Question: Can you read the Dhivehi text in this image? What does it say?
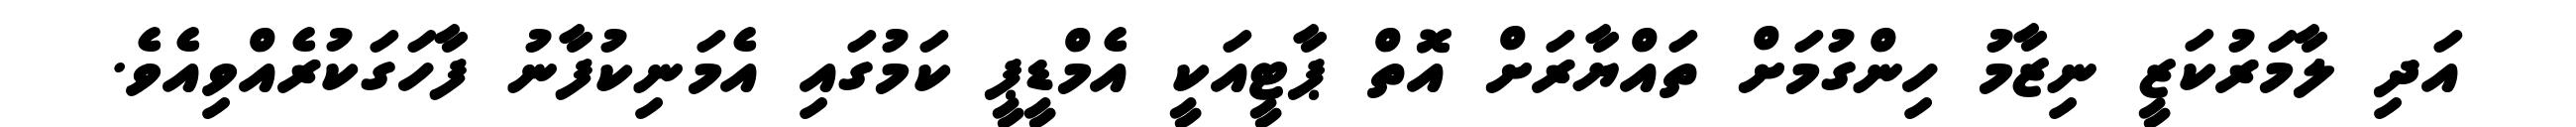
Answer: އަދި ލާމަރުކަޒީ ނިޒާމު ހިންގުމަށް ތައްޔާރަށް އޮތް ޕާޓީއަކީ އެމްޑީޕީ ކަމުގައި އެމަނިކުފާނު ފާހަގަކުރެއްވިއެވެ.